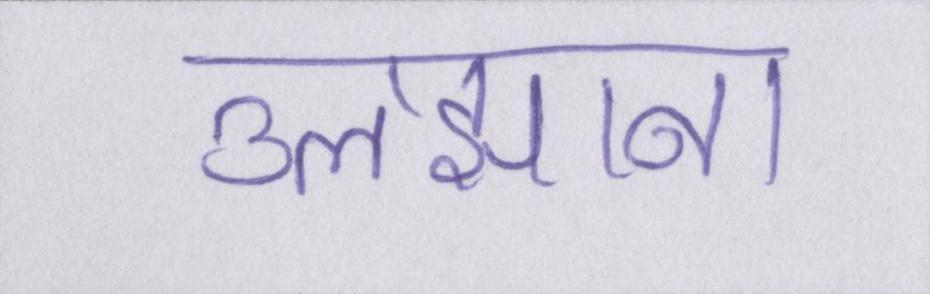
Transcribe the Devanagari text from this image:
उलझाना